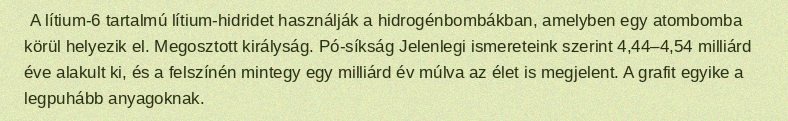
A lítium-6 tartalmú lítium-hidridet használják a hidrogénbombákban, amelyben egy atombomba körül helyezik el. Megosztott királyság. Pó-síkság Jelenlegi ismereteink szerint 4,44–4,54 milliárd éve alakult ki, és a felszínén mintegy egy milliárd év múlva az élet is megjelent. A grafit egyike a legpuhább anyagoknak.